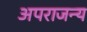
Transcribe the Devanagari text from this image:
अपराजन्य